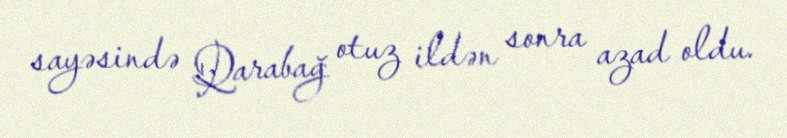
sayəsində Qarabağ otuz ildən sonra azad oldu.